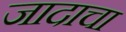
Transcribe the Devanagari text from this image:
जादाचा